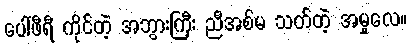
ပေါ်ဖီရီ ကိုင်တဲ့ အဘွားကြီး ညီအစ်မ သတ်တဲ့ အမှုလေ။